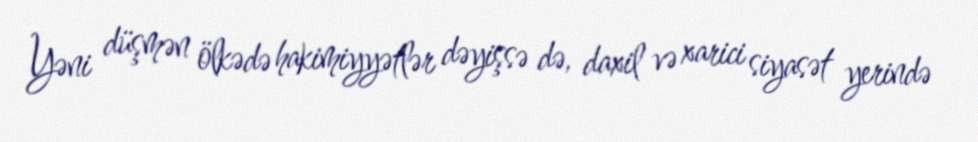
Yəni düşmən ölkədə hakimiyyətlər dəyişsə də, daxil və xarici siyasət yerində